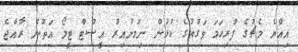
އިއްޔެ މެޗުގެ ފުރިހަމަ ވަގުތުގެ ކުޅުން ނިމުނުއިރު އީސްޓް ޓީމޯ އަތުން ރާއްޖެ